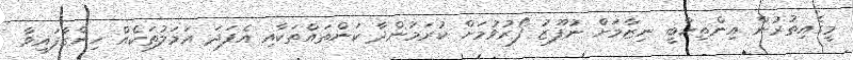
މީގެއިތުރުން އިންތިހާބީ ނިޒާމަށް ނުފޫޒު ފޯރުވުމަށް ކުރަމުންދާ ކަންތައްތަކާއި އެފަދަ އަމަލުތަކެއް ހިންގާފައިވާ